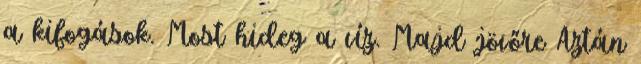
a kifogások. Most hideg a víz. Majd jövőre Aztán